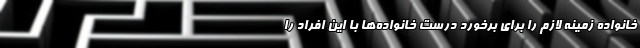
خانواده زمینه لازم را برای برخورد درست خانواده‌ها با این افراد را